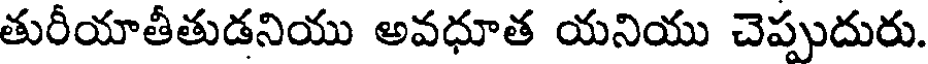
తురీయాతీతుడనియు అవధూత యనియు చెప్పుదురు.